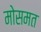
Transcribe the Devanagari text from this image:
मोसमत